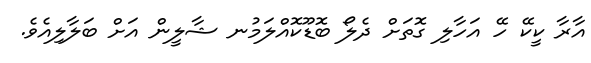
އާރާ ކީކޭ ހޭ އަހާލި ގޮތަށް ދެލޯ ބޮޑޫކޮއްލަމުނ ޝާލީން އަށް ބަލާލިއެވެ.